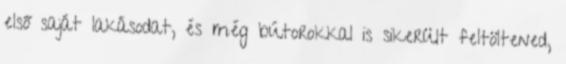
első saját lakásodat, és még bútorokkal is sikerült feltöltened,